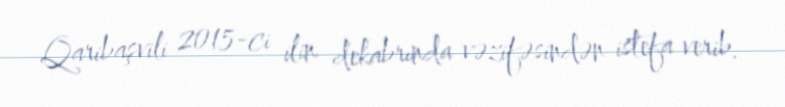
Qaribaşvili 2015-ci ilin dekabrında vəzifəsindən istefa verib.